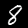
Digit: 8